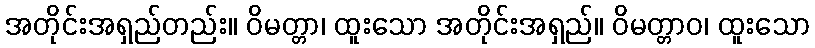
အတိုင်းအရှည်တည်း။ ဝိမတ္တာ၊ ထူးသော အတိုင်းအရှည်။ ဝိမတ္တာဝ၊ ထူးသော